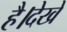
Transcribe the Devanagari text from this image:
है।देखें